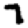
Digit: 7